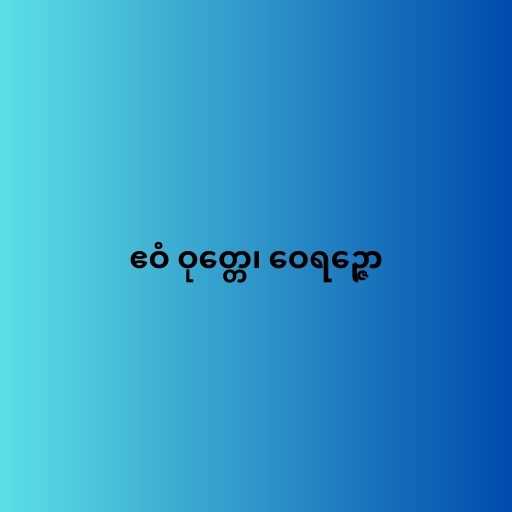
ဧဝံ ဝုတ္တေ၊ ဝေရဉ္ဇော